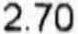
2.70